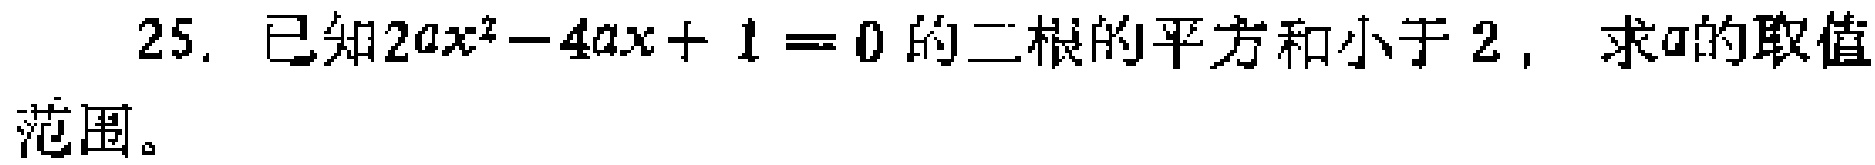
已知\(2ax^{2}-4ax + 1 = 0\)的二根的平方和小于\(2\)，求\(a\)的取值范围。